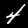
Digit: 4